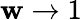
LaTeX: \mathbf{w}\to1